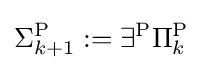
\Sigma _{k+1}^{\mathrm {P} }:=\exists ^{\mathrm {P} }\Pi _{k}^{\mathrm {P} }